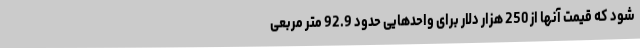
شود که قیمت آنها از 250 هزار دلار برای واحدهایی حدود 92.9 متر مربعی